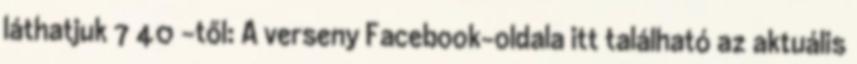
láthatjuk 7′40″-től: A verseny Facebook-oldala itt található az aktuális